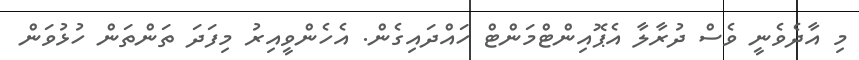
މި އާދެވެނީ ވެސް ދުރާލާ އެޕޮއިންޓްމަންޓް ހައްދައިގެން. އެހެންވީއިރު މިފަދަ ތަންތަން ހުޅުވަން